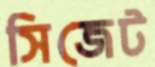
সিজেট